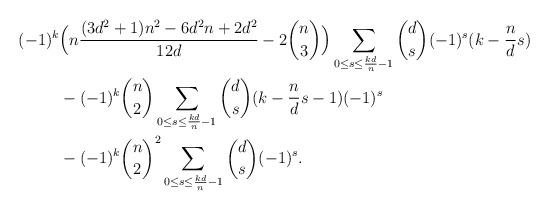
LaTeX: \begin{align*}(-1)^k&\Big(n \frac{(3d^2+1)n^2-6d^2n+2d^2}{12d}-2\binom{n}{3} \Big)\sum_{0 \le s \le \frac{kd}{n}-1} \binom{d}{s}(-1)^{s} (k-\frac{n}{d}s)\\&-(-1)^k\binom{n}{2}\sum_{0 \le s \le \frac{kd}{n}-1} \binom{d}{s} (k-\frac{n}{d}s - 1)(-1)^{s}\\ &-(-1)^k\binom{n}{2}^2 \sum_{0 \le s \le \frac{kd}{n}-1} \binom{d}{s} (-1)^{s}. \end{align*}